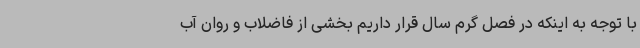
با توجه به اینکه در فصل گرم سال قرار داریم بخشی از فاضلاب و روان آب